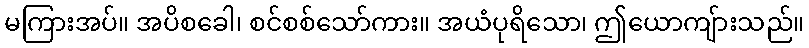
မကြားအပ်။ အပိစခေါ၊ စင်စစ်သော်ကား။ အယံပုရိသော၊ ဤယောကျ်ားသည်။